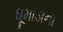
ધૂમાડાના